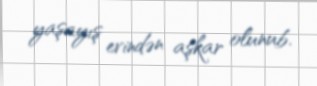
yaşayış evindən aşkar olunub.